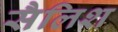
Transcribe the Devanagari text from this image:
सैलिश